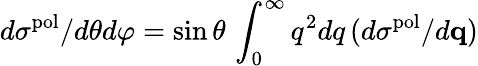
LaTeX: d\sigma^{\mathrm{pol}}/d\theta d\varphi=\sin\theta\, \int_{0}^{\infty}q^{2}dq\, (d\sigma^{\mathrm{pol}}/d{\mathbf q})